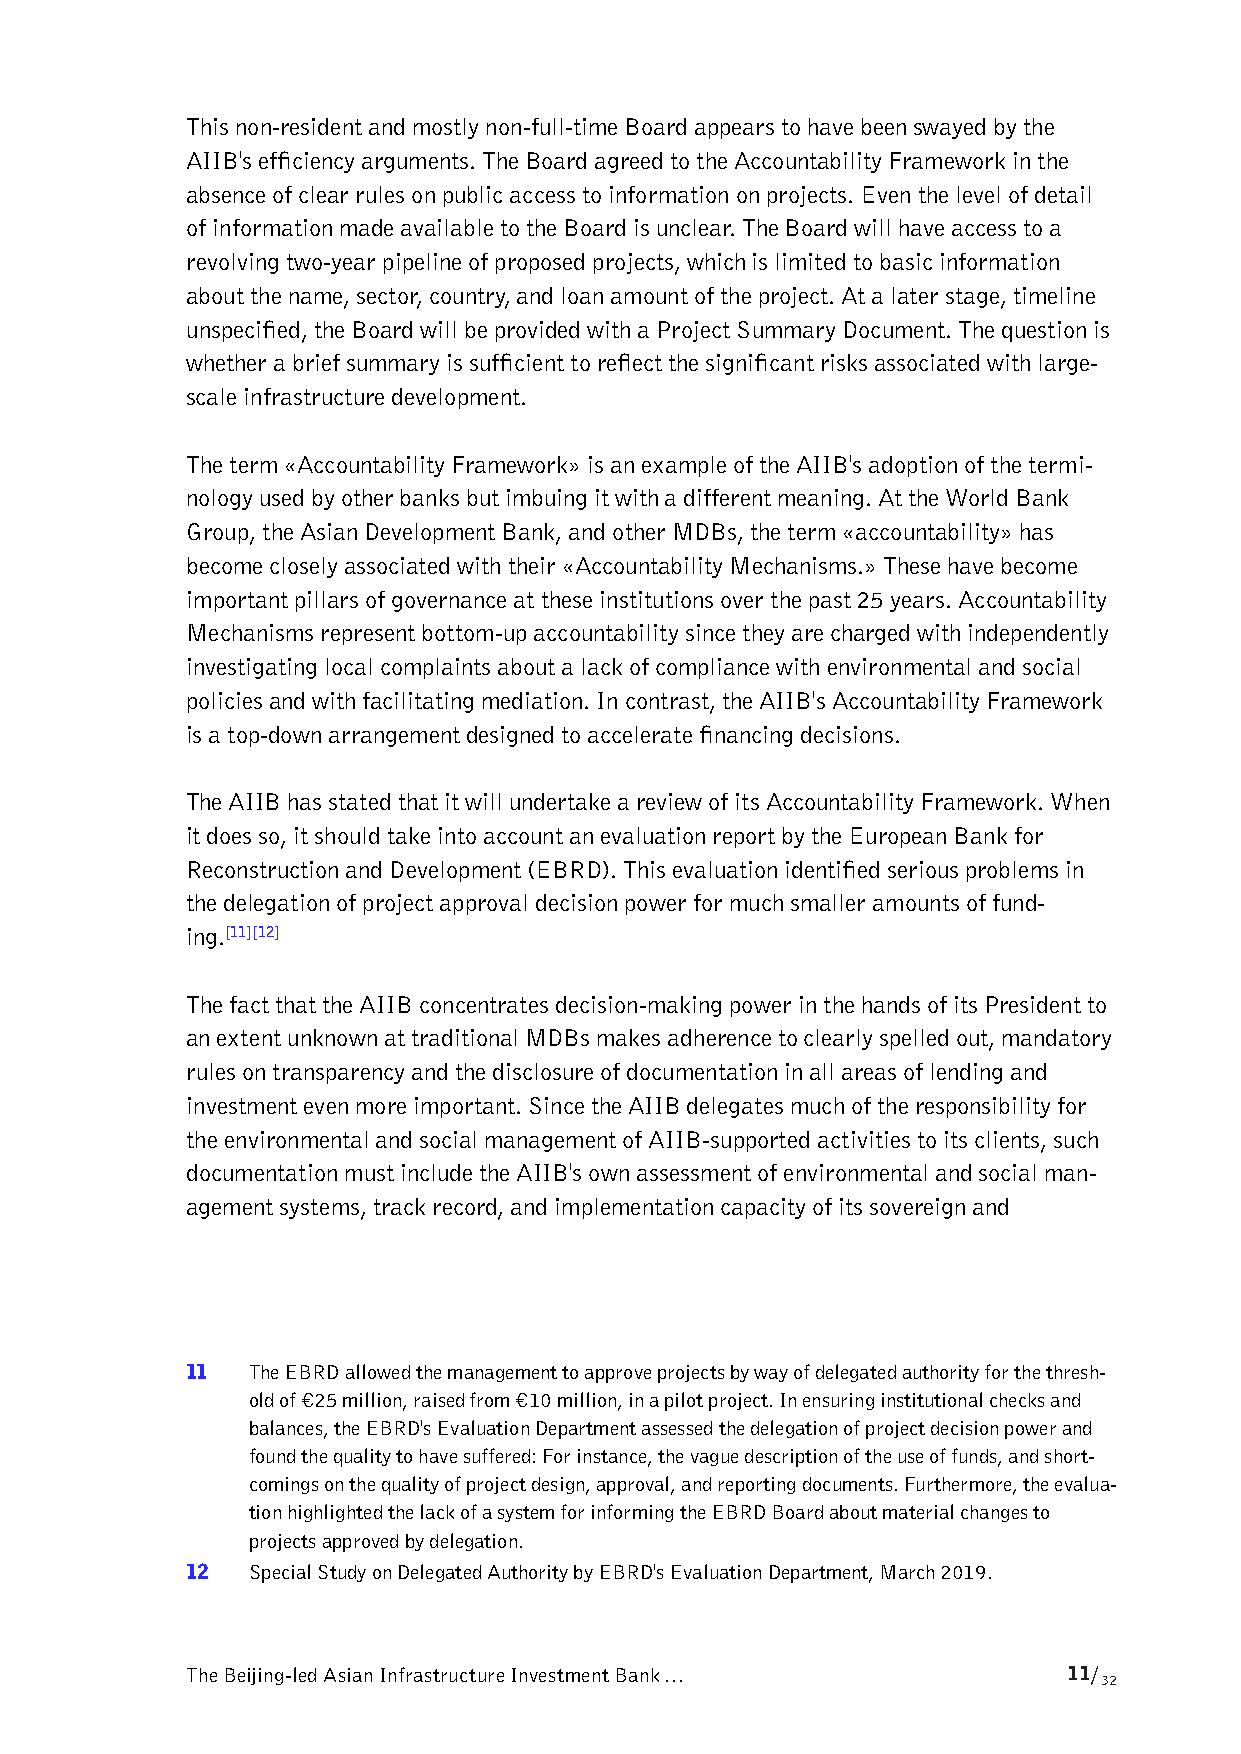
This non-resident and mostly non-full-time Board appears to have been swayed by the
 AIIB's efficiency arguments. The Board agreed to the Accountability Framework in the
 absence of clear rules on public access to information on projects. Even the level of detail
 of information made available to the Board is unclear. The Board will have access to a
 revolving two-year pipeline of proposed projects, which is limited to basic information
 about the name, sector, country, and loan amount of the project. At a later stage, timeline
 unspecified, the Board will be provided with a Project Summary Document. The question is
 whether a brief summary is sufficient to reflect the significant risks associated with large-
 scale infrastructure development.
 The term «Accountability Framework» is an example of the AIIB's adoption of the termi-
 nology used by other banks but imbuing it with a different meaning. At the World Bank
 Group, the Asian Development Bank, and other MDBs, the term «accountability» has
 become closely associated with their «Accountability Mechanisms.» These have become
 important pillars of governance at these institutions over the past 25 years. Accountability
 Mechanisms represent bottom-up accountability since they are charged with independently
 investigating local complaints about a lack of compliance with environmental and social
 policies and with facilitating mediation. In contrast, the AIIB's Accountability Framework
 is a top-down arrangement designed to accelerate financing decisions.
 The AIIB has stated that it will undertake a review of its Accountability Framework. When
 it does so, it should take into account an evaluation report by the European Bank for
 Reconstruction and Development (EBRD). This evaluation identified serious problems in
 the delegation of project approval decision power for much smaller amounts of fund-
 ing.[11][12]
 The fact that the AIIB concentrates decision-making power in the hands of its President to
 an extent unknown at traditional MDBs makes adherence to clearly spelled out, mandatory
 rules on transparency and the disclosure of documentation in all areas of lending and
 investment even more important. Since the AIIB delegates much of the responsibility for
 the environmental and social management of AIIB-supported activities to its clients, such
 documentation must include the AIIB's own assessment of environmental and social man-
 agement systems, track record, and implementation capacity of its sovereign and
 11  The EBRD allowed the management to approve projects by way of delegated authority for the thresh-
 old of €25 million, raised from €10 million, in a pilot project. In ensuring institutional checks and
 balances, the EBRD's Evaluation Department assessed the delegation of project decision power and
 found the quality to have suffered: For instance, the vague description of the use of funds, and short-
 comings on the quality of project design, approval, and reporting documents. Furthermore, the evalua-
 tion highlighted the lack of a system for informing the EBRD Board about material changes to
 projects approved by delegation.
 12  Special Study on Delegated Authority by EBRD's Evaluation Department, March 2019.
 The Beijing-led Asian Infrastructure Investment Bank …     11/
 32